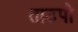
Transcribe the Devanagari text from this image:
ताउपो